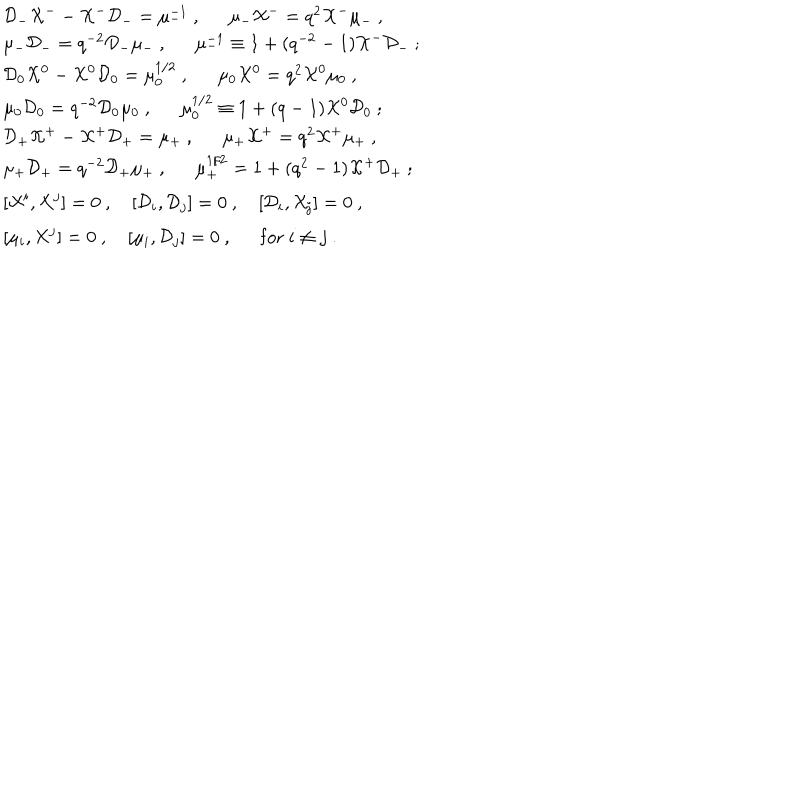
LaTeX: \begin{array} { l } { { { \cal D } _ { - } { \cal X } ^ { -- } { \cal X } ^ { - } { \cal D } _ { - } = \mu _ { - } ^ { - 1 } ~ , \mu _ { - } { \cal X } ^ { - } = q ^ { 2 } { \cal X } ^ { - } \mu _ { - } ~ , } } \\ { { \mu _ { - } { \cal D } _ { - } = q ^ { - 2 } { \cal D } _ { - } \mu _ { - } ~ , \mu _ { - } ^ { - 1 } \equiv 1 + ( q ^ { - 2 } - 1 ) { \cal X } ^ { - } { \cal D } _ { - } ~ ; } } \\ { { { \cal D } _ { 0 } { \cal X } ^ { 0 } - { \cal X } ^ { 0 } { \cal D } _ { 0 } = \mu _ { 0 } ^ { 1 / 2 } ~ , \mu _ { 0 } { \cal X } ^ { 0 } = q ^ { 2 } { \cal X } ^ { 0 } \mu _ { 0 } ~ , } } \\ { { \mu _ { 0 } { \cal D } _ { 0 } = q ^ { - 2 } { \cal D } _ { 0 } \mu _ { 0 } ~ , \mu _ { 0 } ^ { 1 / 2 } \equiv 1 + ( q - 1 ) { \cal X } ^ { 0 } { \cal D } _ { 0 } ~ ; } } \\ { { { \cal D } _ { + } { \cal X } ^ { + } - { \cal X } ^ { + } { \cal D } _ { + } = \mu _ { + } ~ , \mu _ { + } { \cal X } ^ { + } = q ^ { 2 } { \cal X } ^ { + } \mu _ { + } ~ , } } \\ { { \mu _ { + } { \cal D } _ { + } = q ^ { - 2 } { \cal D } _ { + } \mu _ { + } ~ , \mu _ { + } ^ { 1 / 2 } = 1 + ( q ^ { 2 } - 1 ) { \cal X } ^ { + } { \cal D } _ { + } ~ ; } } \\ { { [ { \cal X } ^ { i } , { \cal X } ^ { j } ] = 0 ~ , ~ [ { \cal D } _ { i } , { \cal D } _ { j } ] = 0 ~ , ~ [ { \cal D } _ { i } , { \cal X } _ { j } ] = 0 ~ , } } \\ { { [ \mu _ { i } , { \cal X } ^ { j } ] = 0 ~ , ~ [ \mu _ { i } , { \cal D } _ { j } ] = 0 ~ , \mathrm { f o r } ~ i \not = j ~ . } } \\ \end{array}